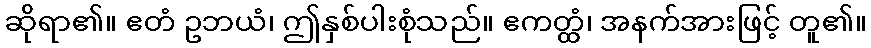
ဆိုရာ၏။ ဧတံ ဥဘယံ၊ ဤနှစ်ပါးစုံသည်။ ဧကတ္ထံ၊ အနက်အားဖြင့် တူ၏။